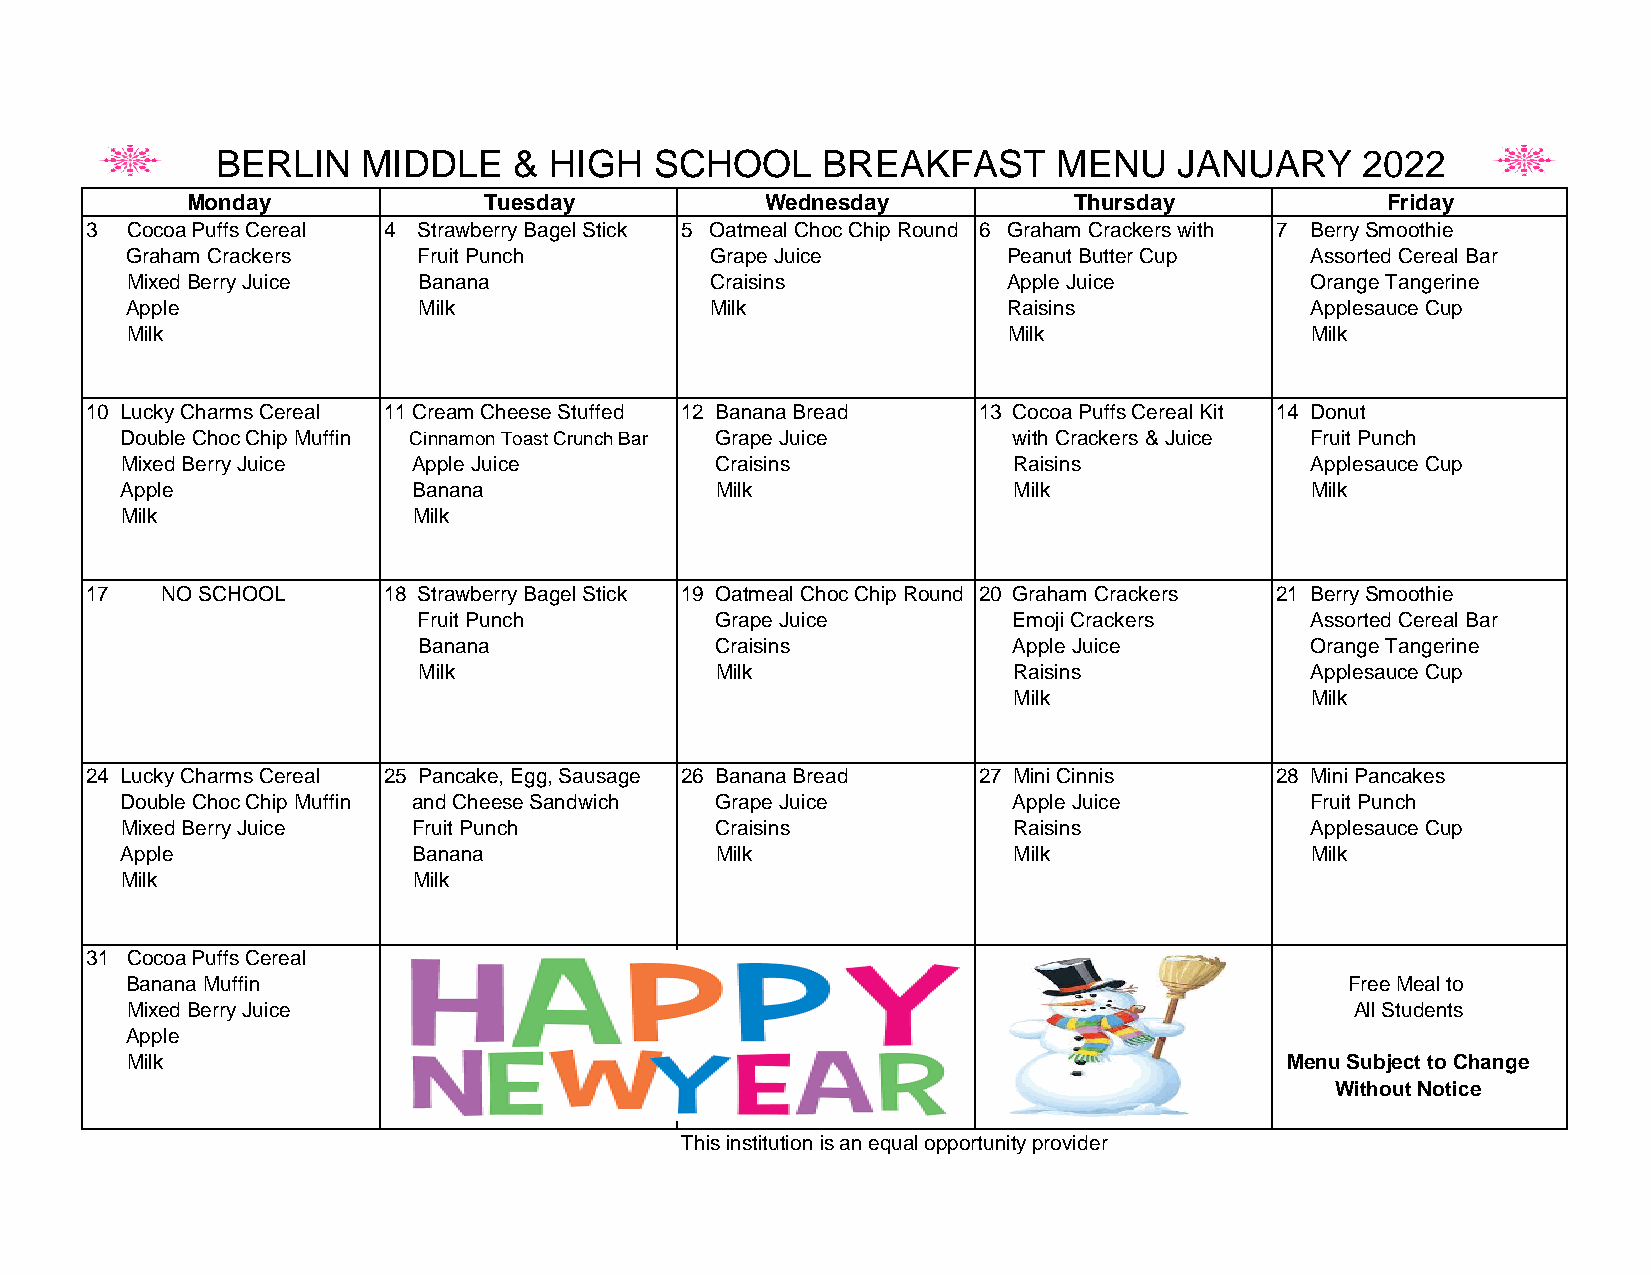
BERLIN    MIDDLE    & HIGH   SCHOOL     BREAKFAST       MENU    JANUARY     2022
 Monday              Tuesday            Wednesday           Thursday             Friday
 3 Cocoa Puffs Cereal 4 Strawberry Bagel Stick 5 Oatmeal Choc Chip Round 6 Graham Crackers with 7 Berry Smoothie
 Graham Crackers     Fruit Punch        Grape Juice         Peanut Butter Cup   Assorted Cereal Bar
 Mixed Berry Juice   Banana             Craisins            Apple Juice         Orange Tangerine
 Apple               Milk               Milk                Raisins             Applesauce Cup
 Milk                                                       Milk                Milk
 10 Lucky Charms Cereal 11 Cream Cheese Stuffed 12 Banana Bread 13 Cocoa Puffs Cereal Kit 14 Donut
 Double Choc Chip Muffin Cinnamon Toast Crunch Bar Grape Juice with Crackers & Juice Fruit Punch
 Mixed Berry Juice  Apple Juice         Craisins            Raisins             Applesauce Cup
 Apple              Banana              Milk                Milk                Milk
 Milk               Milk
 17   NO SCHOOL     18 Strawberry Bagel Stick 19 Oatmeal Choc Chip Round 20 Graham Crackers 21 Berry Smoothie
 Fruit Punch        Grape Juice         Emoji Crackers      Assorted Cereal Bar
 Banana             Craisins            Apple Juice         Orange Tangerine
 Milk               Milk                Raisins             Applesauce Cup
 Milk                Milk
 24 Lucky Charms Cereal 25 Pancake, Egg, Sausage 26 Banana Bread 27 Mini Cinnis 28 Mini Pancakes
 Double Choc Chip Muffin and Cheese Sandwich Grape Juice    Apple Juice         Fruit Punch
 Mixed Berry Juice  Fruit Punch         Craisins            Raisins             Applesauce Cup
 Apple              Banana              Milk                Milk                Milk
 Milk               Milk
 31 Cocoa Puffs Cereal
 Banana Muffin                                                                    Free Meal to
 Mixed Berry Juice                                                                 All Students
 Apple
 Milk                                                                         Menu Subject to Change
 Without Notice
 This institution is an equal opportunity provider